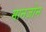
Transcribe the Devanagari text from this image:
मानजोन